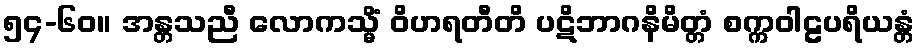
၅၄-၆၀။ အန္တသညီ လောကသ္မိံ ဝိဟရတီတိ ပဋိဘာဂနိမိတ္တံ စက္ကဝါဠပရိယန္တံ